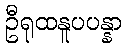
ဦရုထနူပပန္နာ